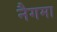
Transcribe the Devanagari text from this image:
नैगमा